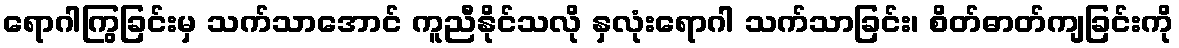
ရောဂါကြွခြင်းမှ သက်သာအောင် ကူညီနိုင်သလို နှလုံးရောဂါ သက်သာခြင်း၊ စိတ်ဓာတ်ကျခြင်းကို